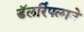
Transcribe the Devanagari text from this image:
डॅलरिंपलाने